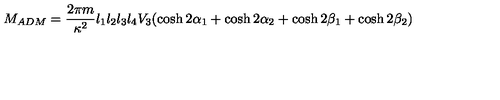
M _ { A D M } = \frac { 2 \pi m } { \kappa ^ { 2 } } l _ { 1 } l _ { 2 } l _ { 3 } l _ { 4 } V _ { 3 } ( \cosh 2 \alpha _ { 1 } + \cosh 2 \alpha _ { 2 } + \cosh 2 \beta _ { 1 } + \cosh 2 \beta _ { 2 } )